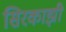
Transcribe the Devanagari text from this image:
सिरकाझी